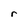
Character: r